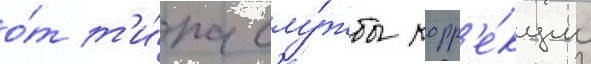
о́т т'и́па слу́жбы корр'е́кции